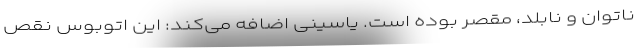
ناتوان و نابلد، مقصر بوده است. یاسینی اضافه می‌کند: این اتوبوس نقص